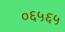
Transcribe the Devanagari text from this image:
०६५६५